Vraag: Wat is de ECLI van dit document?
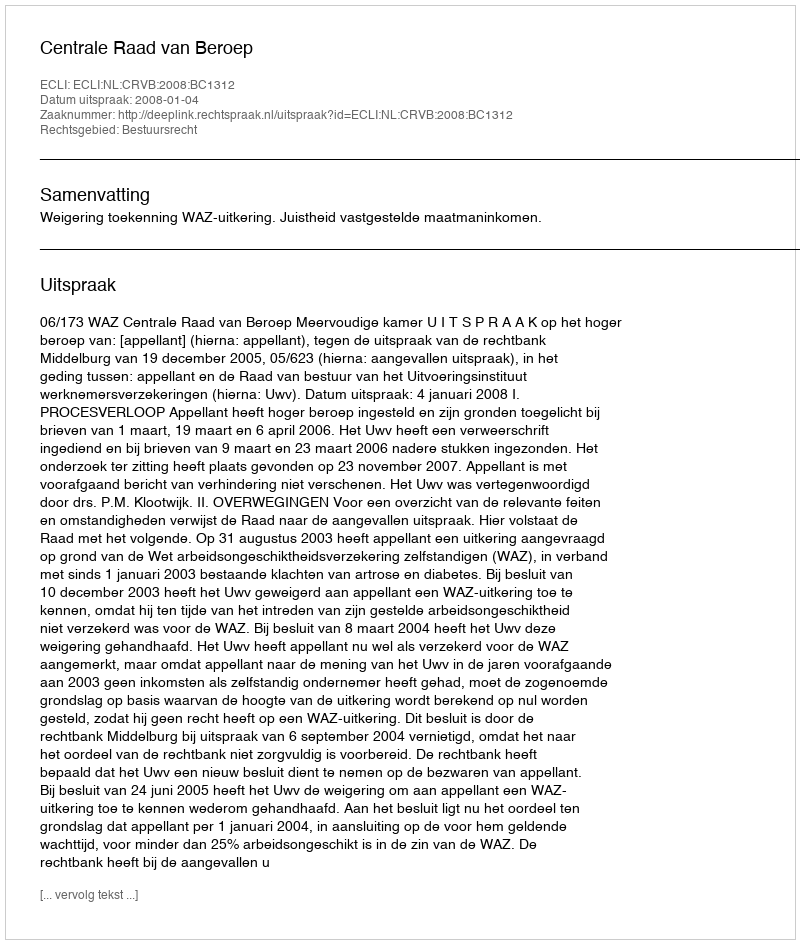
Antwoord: ECLI:NL:CRVB:2008:BC1312